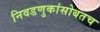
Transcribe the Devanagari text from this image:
निवडणुकांसोबतच